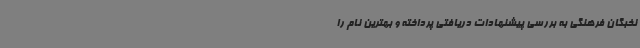
نخبگان فرهنگی به بررسی پیشنهادات دریافتی پرداخته و بهترین نام را